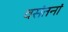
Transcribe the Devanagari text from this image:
वसंतनां